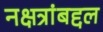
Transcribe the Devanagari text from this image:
नक्षत्रांबद्दल